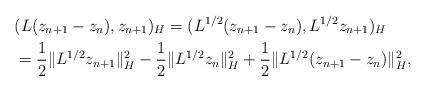
LaTeX: \begin{align*}&(L(z_{n+1}-z_{n}), z_{n+1})_{H} =(L^{1/2}(z_{n+1}-z_{n}), L^{1/2}z_{n+1})_{H} \\ &=\frac{1}{2}\|L^{1/2}z_{n+1}\|_{H}^2 - \frac{1}{2}\|L^{1/2}z_{n}\|_{H}^2 + \frac{1}{2}\|L^{1/2}(z_{n+1} - z_{n})\|_{H}^2, \end{align*}